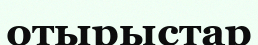
отырыстар